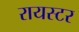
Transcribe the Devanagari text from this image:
रायस्टर